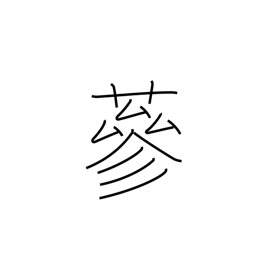
Meaning: luxurious growth of grass